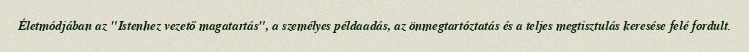
Életmódjában az "Istenhez vezető magatartás", a személyes példaadás, az önmegtartóztatás és a teljes megtisztulás keresése felé fordult.